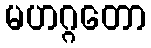
မဟဂ္ဂတော